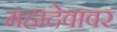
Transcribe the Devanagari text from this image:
महादेवावर